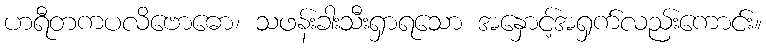
ဟရီတကပလိဗောဓော၊ သဖန်းခါးသီးရှာရသော အနှောင့်အရှက်လည်းကောင်း။